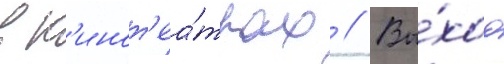
в к'инот'еа́трах // Вы́ход